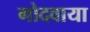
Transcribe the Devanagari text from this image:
गोदवाया